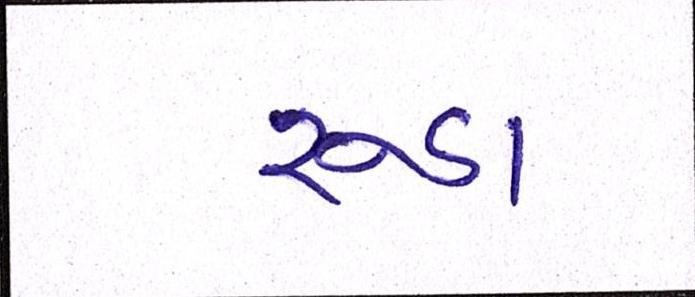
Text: રૂડા